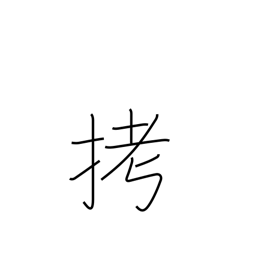
Meaning: torture